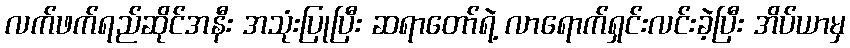
လက်ဖက်ရည်ဆိုင်အနီး အသုံးပြုပြီး ဆရာတော်ရဲ့ လာရောက်ရှင်းလင်းခဲ့ပြီး အိပ်ယာမှ